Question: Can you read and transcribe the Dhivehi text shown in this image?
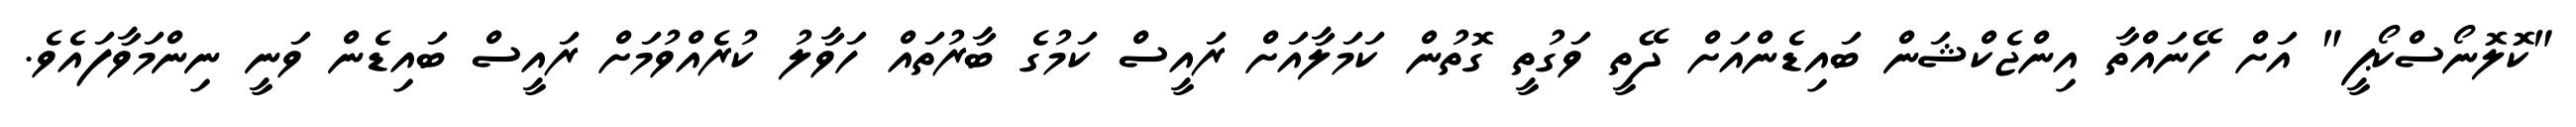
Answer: "ކޮލޮނޯސްކޯޕީ" އަށް ހޭނައްތާ އިންޖެކްޝަން ބައިޑެންއަށް ދޭތީ ވަގުތީ ގޮތުން ކަމަލާއަށް ރައީސް ކަމުގެ ބާރުތައް ހަވާލު ކުރެއްވުމަށް ރައީސް ބައިޑެން ވަނީ ނިންމަވާފައެވެ.